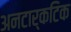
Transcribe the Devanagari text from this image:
अनटार्कटिक